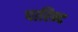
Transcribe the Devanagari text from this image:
पारिन्द